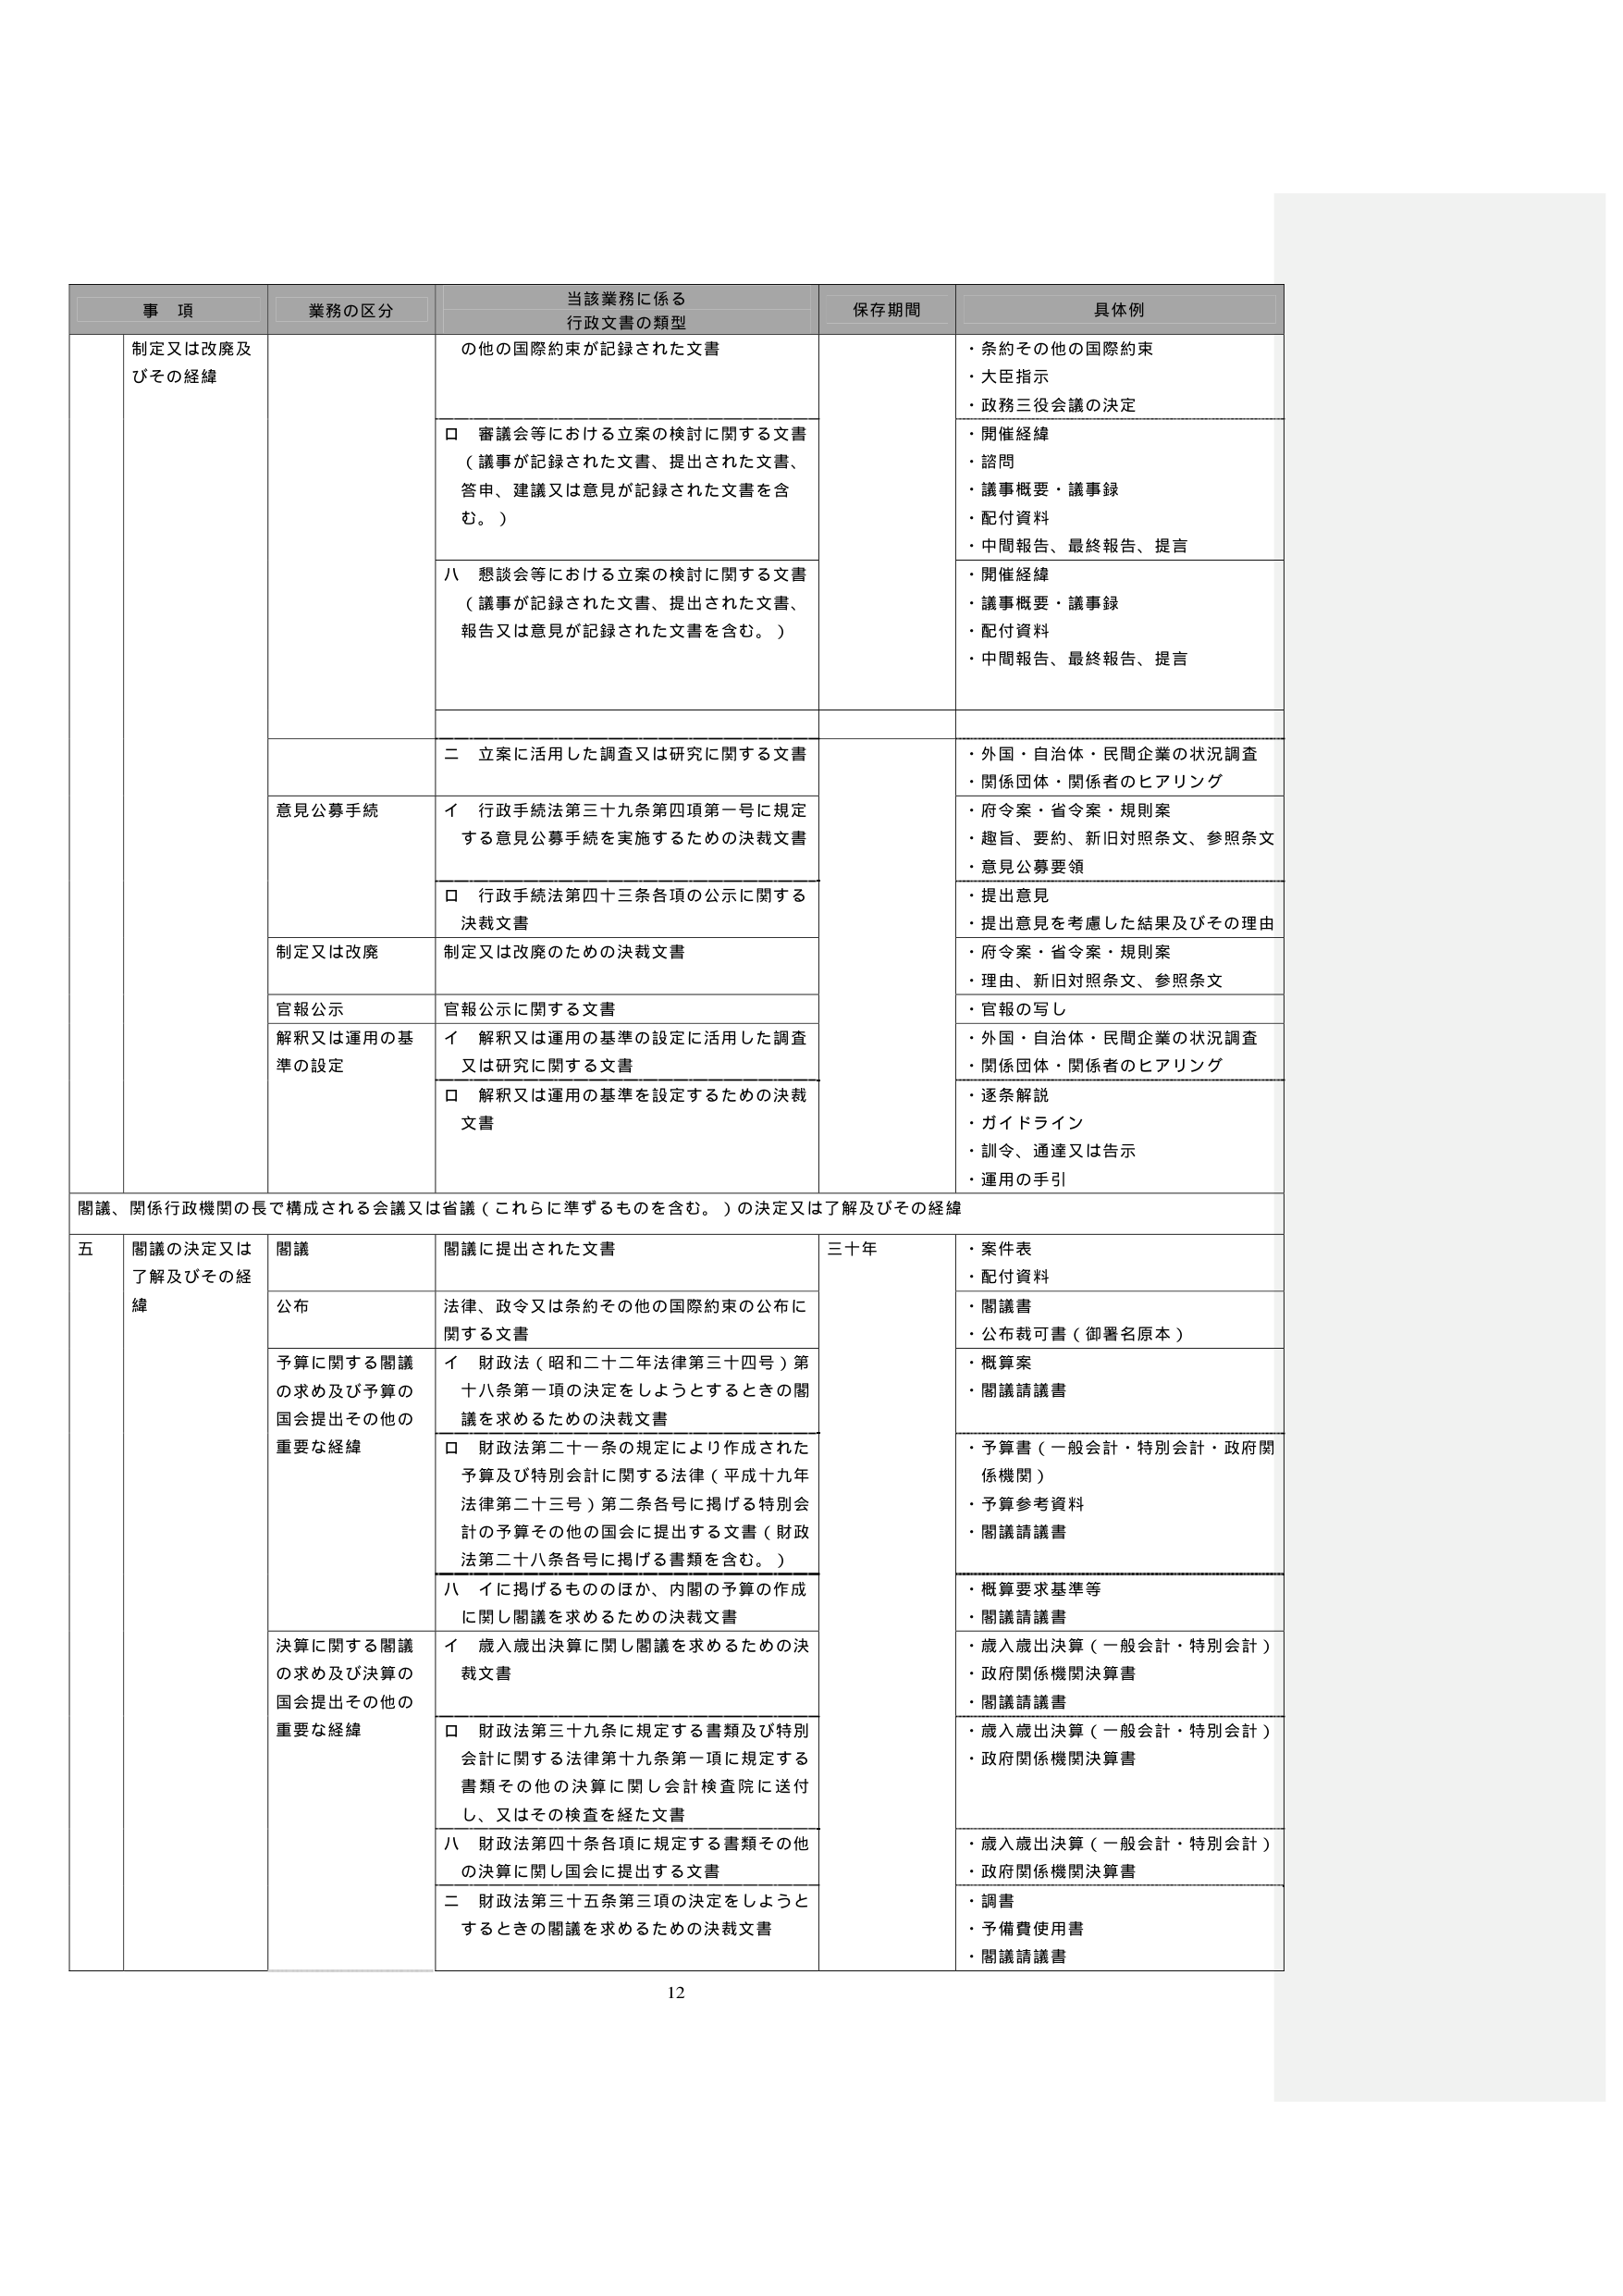
事 項
業務の区分
当該業務に係る
行政文書の類型
保存期間
具体例
制定又は改廃及びその経緯
の他の国際約束が記録された文書
・条約その他の国際約束
・大臣指示
・政務三役会議の決定
□ 審議会等における立案の検討に関する文書
（議事が記録された文書、提出された文書、
答申、建議又は意見が記録された文書を含
む。）
・開催経緯
・諮問
・議事概要・議事録
・配付資料
・中間報告、最終報告、提言
八 懇談会等における立案の検討に関する文書
（議事が記録された文書、提出された文書、
報告又は意見が記録された文書を含む。）
・開催経緯
・議事概要・議事録
・配付資料
・中間報告、最終報告、提言
二 立案に活用した調査又は研究に関する文書
・外国・自治体・民間企業の状況調査
・関係団体・関係者のヒアリング
意見公募手続
イ 行政手続法第三十九条第四項第一号に規定
する意見公募手続を実施するための決裁文書
・府令案・省令案・規則案
・趣旨、要約、新旧対照条文、参照条文
・意見公募要領
□ 行政手続法第四十三条各項の公示に関する
決裁文書
・提出意見
・提出意見を考慮した結果及びその理由
制定又は改廃
制定又は改廃のための決裁文書
・府令案・省令案・規則案
・理由、新旧対照条文、参照条文
官報公示
官報公示に関する文書
・官報の写し
解釈又は運用の基準の設定
イ 解釈又は運用の基準の設定に活用した調査
又は研究に関する文書
・外国・自治体・民間企業の状況調査
・関係団体・関係者のヒアリング
□ 解釈又は運用の基準を設定するための決裁
文書
・逐条解説
・ガイドライン
・訓令、通達又は告示
・運用の手引
閣議、関係行政機関の長で構成される会議又は省議（これらに準ずるものを含む。）の決定又は了解及びその経緯
五 閣議の決定又は了解及びその経緯
閣議
閣議に提出された文書
三十年
・案件表
・配付資料
公布
法律、政令又は条約その他の国際約束の公布に関する文書
・閣議書
・公布裁可書（御署名原本）
予算に関する閣議の求め及び予算の国会提出その他の重要な経緯
イ 財政法（昭和二十二年法律第三十四号）第十八条第一項の決定をしようとするときの閣議を求めるための決裁文書
・概算案
・閣議請議書
□ 財政法第二十一条の規定により作成された予算及び特別会計に関する法律（平成十九年法律第二十三号）第二条各号に掲げる特別会計の予算その他の国会に提出する文書（財政法第二十八条各号に掲げる書類を含む。）
・予算書（一般会計・特別会計・政府関係機関）
・予算参考資料
・閣議請議書
八 イに掲げるもののほか、内閣の予算の作成に関し閣議を求めるための決裁文書
・概算要求基準等
・閣議請議書
決算に関する閣議の求め及び決算の国会提出その他の重要な経緯
イ 歳入歳出決算に関し閣議を求めるための決裁文書
・歳入歳出決算（一般会計・特別会計）
・政府関係機関決算書
・閣議請議書
□ 財政法第三十九条に規定する書類及び特別会計に関する法律第十九条第一項に規定する書類その他の決算に関し会計検査院に送付し、又はその検査を経た文書
・歳入歳出決算（一般会計・特別会計）
・政府関係機関決算書
八 財政法第四十条各項に規定する書類その他の決算に関し国会に提出する文書
・歳入歳出決算（一般会計・特別会計）
・政府関係機関決算書
二 財政法第三十五条第三項の決定をしようとするときの閣議を求めるための決裁文書
・調書
・予備費使用書
・閣議請議書
12